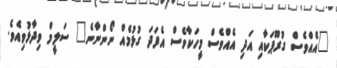
"އެއްވެސް ގުރޫޕަކާއި އަދި އެއްވެސް މީހަކާވެސް އެފަދަ ގުޅުމެއް ނޯންނާނެ" ސަލީމް ވިދާޅުވިއެވެ.